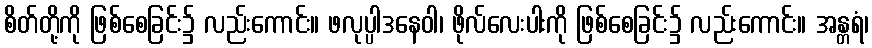
စိတ်တို့ကို ဖြစ်စေခြင်း၌ လည်းကောင်း။ ဖလုပ္ပါဒနေဝါ၊ ဖိုလ်လေးပါးကို ဖြစ်စေခြင်း၌ လည်းကောင်း။ အန္တရံ၊